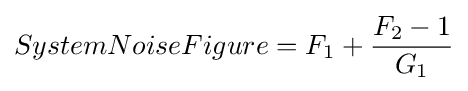
SystemNoiseFigure=F_{1}+{\frac {F_{2}-1}{G_{1}}}